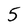
Character: 5